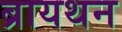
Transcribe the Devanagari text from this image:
ब्रायथन